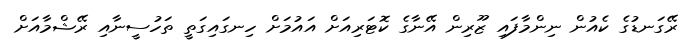
ރޭގަނޑުގެ ކެއުން ނިންމާފައި ޒޫރިން އޭނާގެ ކޮޓަރިއަށް އައުމަށް ހިނގައިގަތީ ތަހުސީނާއި ރޭޝްމާއަށް